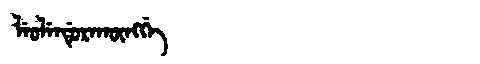
Manchu: ᠯᡝᠣᠯᡝᠨᡩᡠᡵᠠᡴᡡᠩᡤᡝ
Romanization: LEOLENDURAKŪNGGE